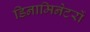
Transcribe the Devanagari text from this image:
डिनामिनेटरों